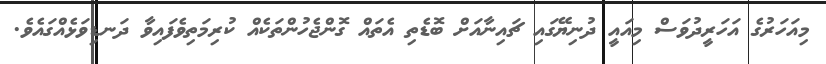
މިއަހަރުގެ އަހަރީދުވަސް މިއައީ ދުނިޔޭގައި ޗައިނާއަށް ބޮޑެތި އެތައް ގޮންޖެހުންތަކެއް ކުރިމަތިވެފައިވާ ދަނޑިވަޅެއްގައެވެ.